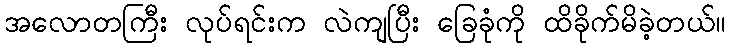
အလောတကြီး လုပ်ရင်းက လဲကျပြီး ခြေခုံကို ထိခိုက်မိခဲ့တယ်။